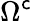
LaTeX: \Omega^{\mathsf{c}}